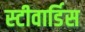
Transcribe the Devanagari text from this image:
स्‍टीवार्डिस